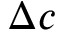
\Delta c